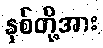
နှစ်တို့အား